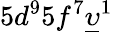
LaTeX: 5d^{9}5f^{7}\underline{{\upsilon}}^{1}